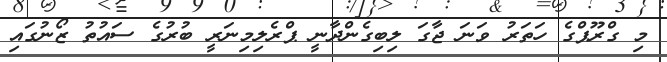
މި ގްރޫޕްގެ ހަތަރު ވަނަ ޖާގަ ލިބިގެންދާނީ ޕްރެލިމިނަރީ ބުރުގެ ސައުތު ޒޯނުގައި